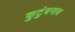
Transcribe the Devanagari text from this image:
कुटुंबनाव